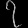
Digit: ၇